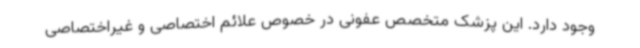
وجود دارد. این پزشک متخصص عفونی در خصوص علائم اختصاصی و غیراختصاصی